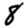
Digit: 8